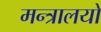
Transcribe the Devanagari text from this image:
मन्त्रालयो